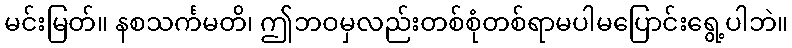
မင်းမြတ်။ နစသင်္ကမတိ၊ ဤဘဝမှလည်းတစ်စုံတစ်ရာမပါမပြောင်းရွေ့ပါဘဲ။